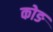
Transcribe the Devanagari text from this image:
कोङ